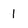
Character: 1